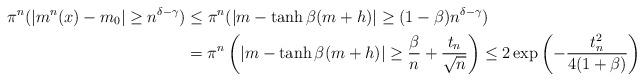
LaTeX: \begin{align*}\pi^n(|m^n(x) - m_0| \geq n^{\delta - \gamma}) & \leq \pi^n(|m - \tanh \beta(m+h)| \geq (1-\beta) n^{\delta - \gamma}) \\ & = \pi^n\left(|m - \tanh \beta(m+h)| \geq \frac{\beta}{n} + \frac{t_n}{\sqrt{n}}\right) \leq 2 \exp\left(-\frac{t_n^2}{4(1+\beta)}\right) \end{align*}